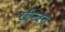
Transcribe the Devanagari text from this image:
खीन्च्ह्ते